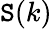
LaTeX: \mathtt{S}(k)